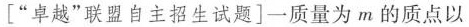
“卓越”联盟自主招生试题]一质量为m的质点以